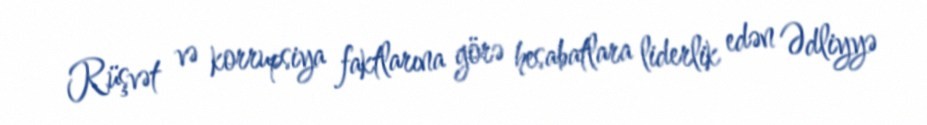
Rüşvət və korrupsiya faktlarına görə hesabatlara liderlik edən Ədliyyə